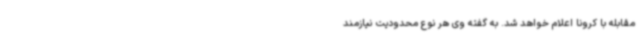
مقابله با کرونا اعلام خواهد شد. به گفته‌ وی هر نوع محدودیت نیازمند